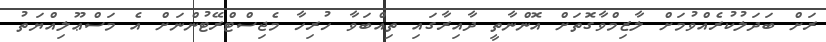
ރަށް ބަދަލުކުރެއްވުމަށް ލާޒިމްވާގޮތަށް އޮންނާތީ ދާއިރާގައި ތިއްބަވާ ހުރިހާ މެޖިސްޓްރޭޓުންނަށް އެ މަސްޢޫލިއްޔަތު